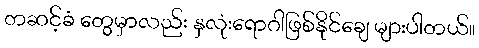
တဆင့်ခံ တွေမှာလည်း နှလုံးရောဂါဖြစ်နိုင်ချေ များပါတယ်။